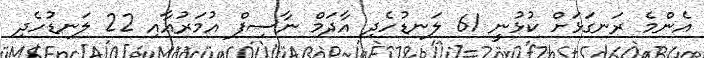
އެންމެ ރަނގަޅަށް ކުޅުނީ 61 ލަނޑުހެދި އާދަމް ނާސިފް އުމަރުއާއި 22 ލަނޑުހެދި